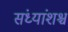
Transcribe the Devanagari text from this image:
संध्यांशश्च